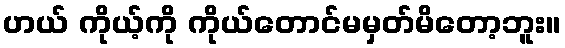
ဟယ် ကိုယ့်ကို ကိုယ်တောင်မမှတ်မိတော့ဘူး။